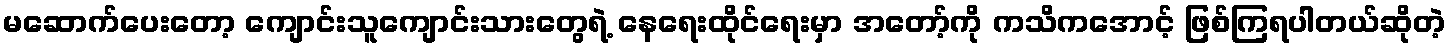
မဆောက်ပေးတော့ ကျောင်းသူကျောင်းသားတွေရဲ့ နေရေးထိုင်ရေးမှာ အတော့်ကို ကသိကအောင့် ဖြစ်ကြရပါတယ်ဆိုတဲ့